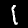
Label: 1